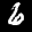
Label: 6